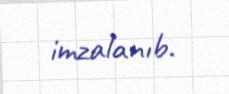
imzalanıb.